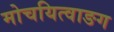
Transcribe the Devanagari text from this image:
मोचयित्वाङग